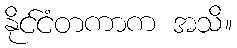
နိုင်ငံတကာက အသိ။